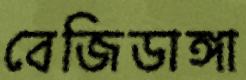
বেজিডাঙ্গা